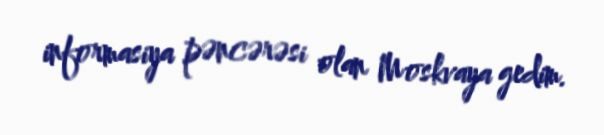
informasiya pəncərəsi olan Moskvaya gedim.